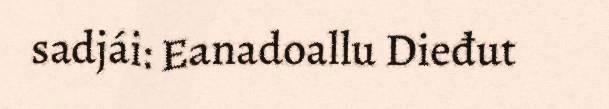
sadjái: Eanadoallu Dieđut